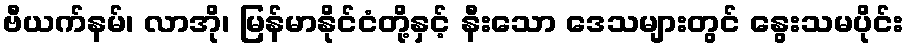
ဗီယက်နမ်၊ လာအို၊ မြန်မာနိုင်ငံတို့နှင့် နီးသော ဒေသများတွင် နွေးသမပိုင်း